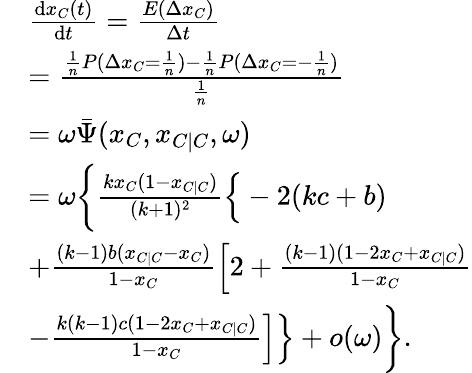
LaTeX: \begin{array}{rl}&{\frac{\textrm{d}x_{C}(t)}{\textrm{d}t}=\frac{E(\Delta x_{C})}{\Delta t}}\\ &{=\frac{\frac{1}{n}P(\Delta x_{C}=\frac{1}{n})-\frac{1}{n}P(\Delta x_{C}=-\frac{1}{n})}{\frac{1}{n}}}\\ &{=\omega\bar{\Psi}(x_{C},x_{C\mid C},\omega)}\\ &{=\omega\bigg\{ \frac{kx_{C}(1-x_{C|C})}{(k+1)^{2}}\Big\{ -2(kc+b)}\\ &{+\frac{(k-1)b(x_{C\mid C}-x_{C})}{1-x_{C}}\Big[2+\frac{(k-1)(1-2x_{C}+x_{C\mid C})}{1-x_{C}}}\\ &{-\frac{k(k-1)c(1-2x_{C}+x_{C\mid C})}{1-x_{C}}\Big]\Big\} +o(\omega)\bigg\} .}\end{array}